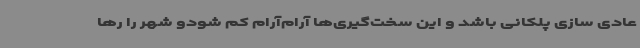
عادی سازی پلکانی باشد و این سخت‌گیری‌ها آرام‌آرام کم شودو شهر را رها